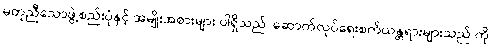
မတူညီသောဖွဲ့စည်းပုံနှင့် အမျိုးအစားများ ပါရှိသည်၊ ဆောက်လုပ်ရေးစက်ယန္တရားများသည် ကို